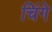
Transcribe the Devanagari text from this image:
चिंगे